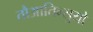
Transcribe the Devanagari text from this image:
तौआतिन्सुयो